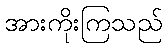
အားကိုးကြသည်